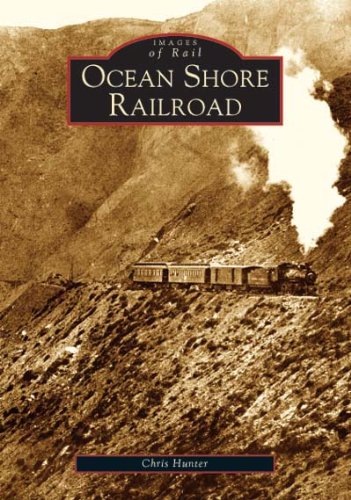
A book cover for Ocean Shore Railroad (Images of Rail: California); Chris Hunter; Arts & Photography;